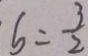
b = \frac { 3 } { 2 }